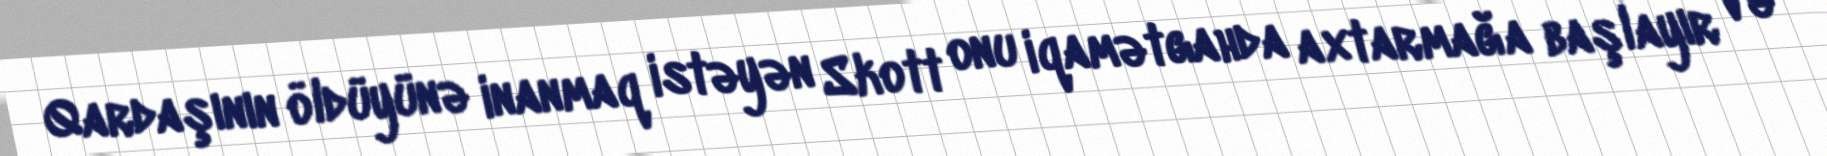
Qardaşının öldüyünə inanmaq istəyən Skott onu iqamətgahda axtarmağa başlayır və